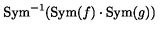
\mathrm { S y m } ^ { - 1 } ( \mathrm { S y m } ( f ) \cdot \mathrm { S y m } ( g ) )